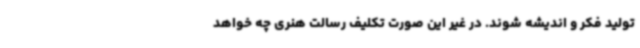
تولید فکر و اندیشه شوند. در غیر این صورت تکلیف رسالت هنری چه خواهد